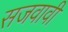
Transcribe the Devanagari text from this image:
सजवावी